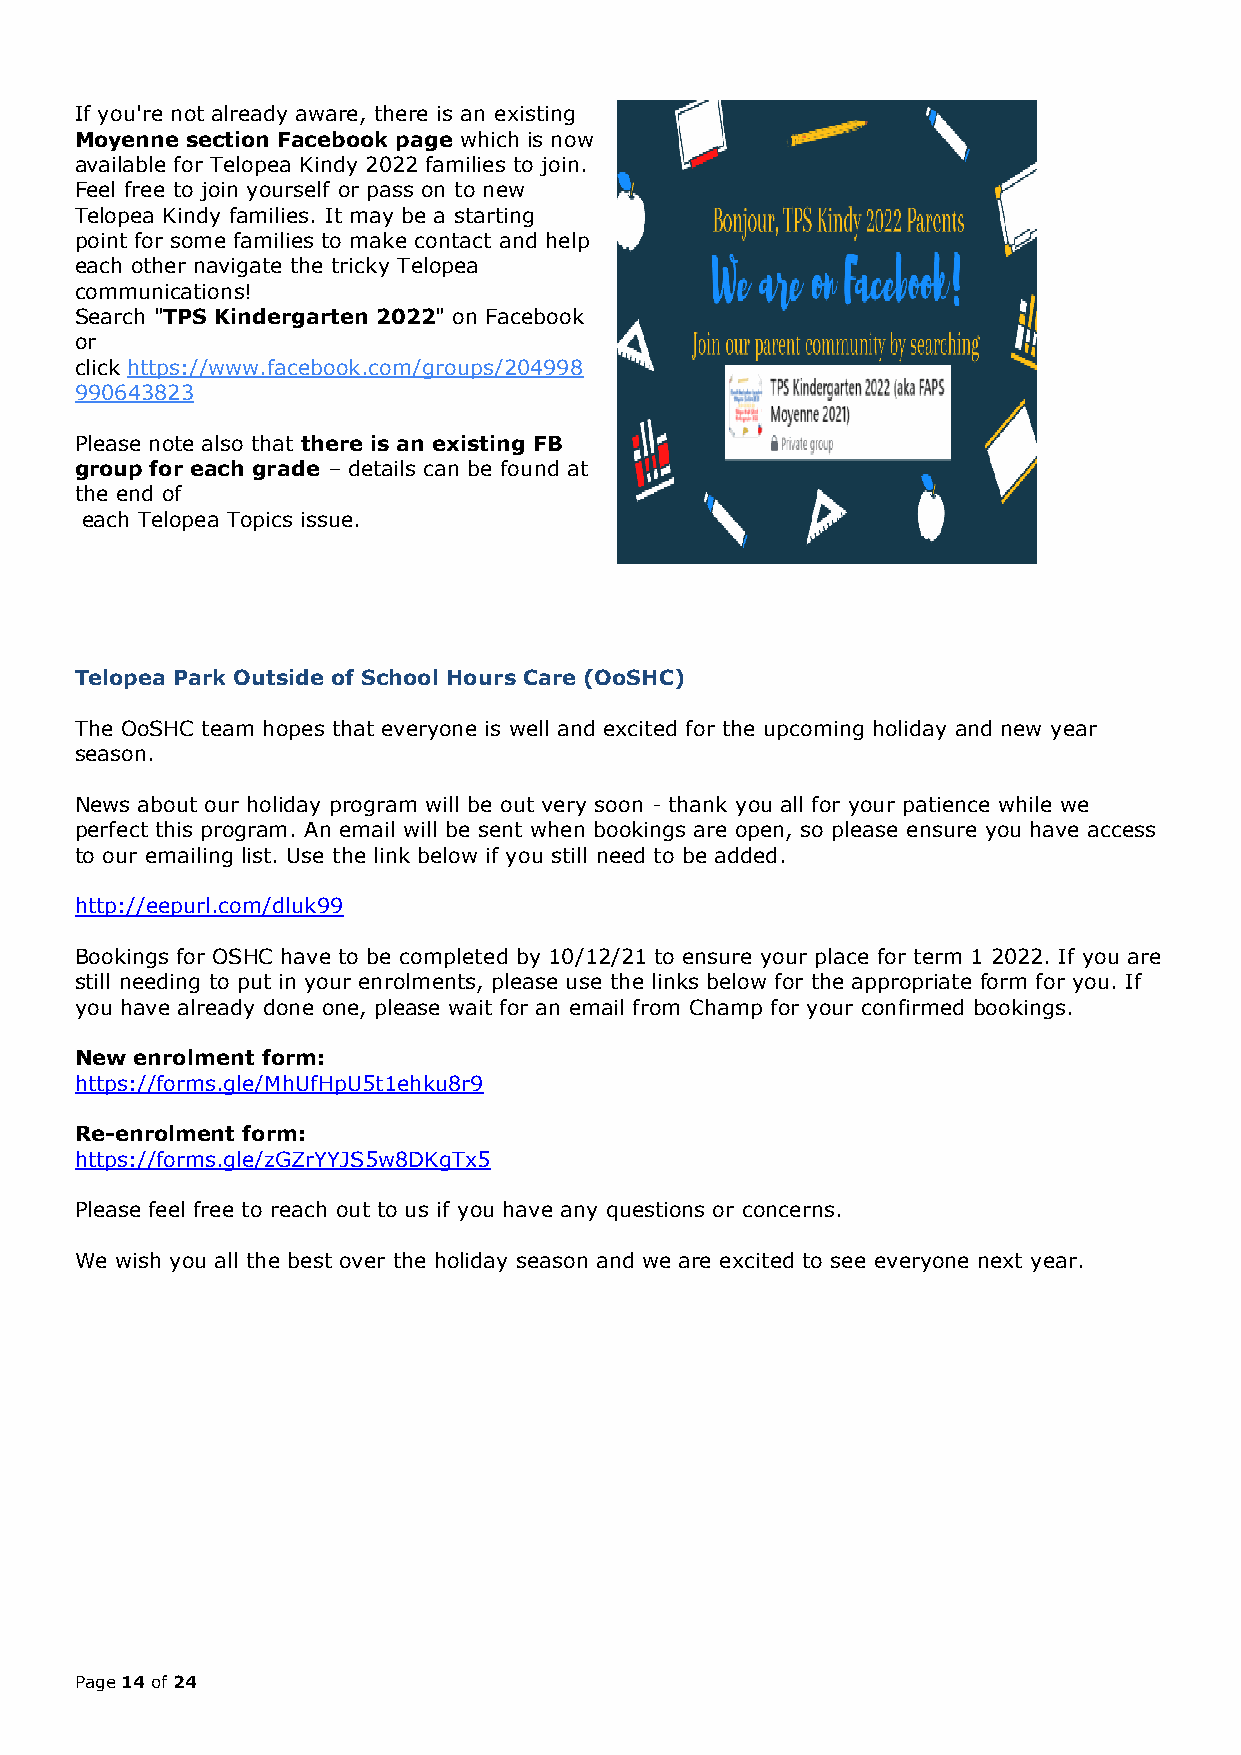
If you're not already aware, there is an existing
 Moyenne section Facebook page which is now
 available for Telopea Kindy 2022 families to join.
 Feel free to join yourself or pass on to new
 Telopea Kindy families. It may be a starting
 point for some families to make contact and help
 each other navigate the tricky Telopea
 communications!
 Search "TPS Kindergarten 2022" on Facebook
 or
 click https://www.facebook.com/groups/204998
 990643823
 Please note also that there is an existing FB
 group for each grade – details can be found at
 the end of
 each Telopea Topics issue.
 Telopea Park Outside of School Hours Care (OoSHC)
 The OoSHC team hopes that everyone is well and excited for the upcoming holiday and new year
 season.
 News about our holiday program will be out very soon - thank you all for your patience while we
 perfect this program. An email will be sent when bookings are open, so please ensure you have access
 to our emailing list. Use the link below if you still need to be added.
 http://eepurl.com/dluk99
 Bookings for OSHC have to be completed by 10/12/21 to ensure your place for term 1 2022. If you are
 still needing to put in your enrolments, please use the links below for the appropriate form for you. If
 you have already done one, please wait for an email from Champ for your confirmed bookings.
 New enrolment form:
 https://forms.gle/MhUfHpU5t1ehku8r9
 Re-enrolment form:
 https://forms.gle/zGZrYYJS5w8DKgTx5
 Please feel free to reach out to us if you have any questions or concerns.
 We wish you all the best over the holiday season and we are excited to see everyone next year.
 Page 14 of 24